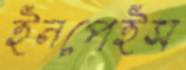
ইনপেইস